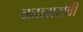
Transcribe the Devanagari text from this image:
काव्यसेवी